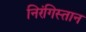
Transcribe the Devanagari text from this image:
निरंगिस्तान